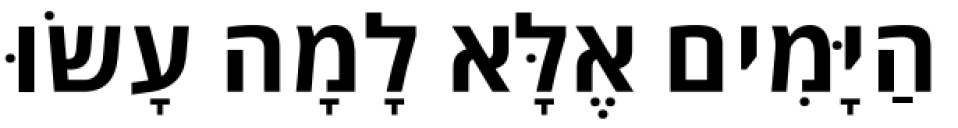
הַיָּמִים אֶלָּא לָמָה עָשׂוּ